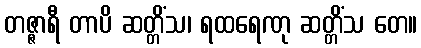
တဇ္ဇာရီ တာပိ ဆတ္တိံသ၊ ရထရေဏု ဆတ္တိံသ တေ။